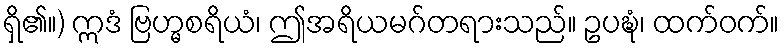
ရှိ၏။) ဣဒံ ဗြဟ္မစရိယံ၊ ဤအရိယမဂ်တရားသည်။ ဥပဍ္ဎံ၊ ထက်ဝက်။